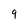
Character: 9